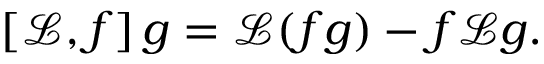
\left[ \mathscr { L } , f \right] g = \mathscr { L } ( f g ) - f \mathscr { L } g .